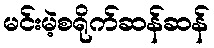
မင်းမဲ့စရိုက်ဆန်ဆန်